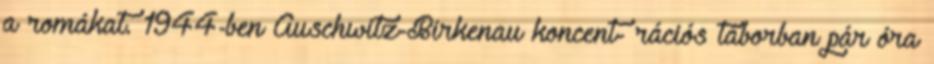
a romákat. 1944-ben Auschwitz-Birkenau koncent- rációs táborban pár óra